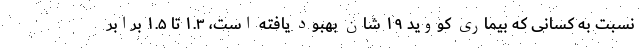
نسبت به کسانی که بیماری کووید ۱۹ شان بهبود یافته است، ۱.۳ تا ۱.۵ برابر